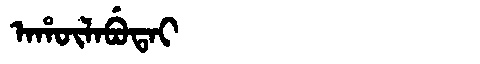
Manchu: ᠠᡥᡡᠯᠠᠪᡠᡨᠠᡳ
Romanization: AHŪLABUTAI